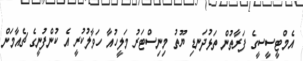
އެމްޓީސީސީގެ ފަރާތުން ތަޅުދަނޑި ޔޫތު މިނިސްޓަރު މަލީހުއާ ހަވާލުކުރީ އެ ކުންފުނީގެ ޗެއާމަން